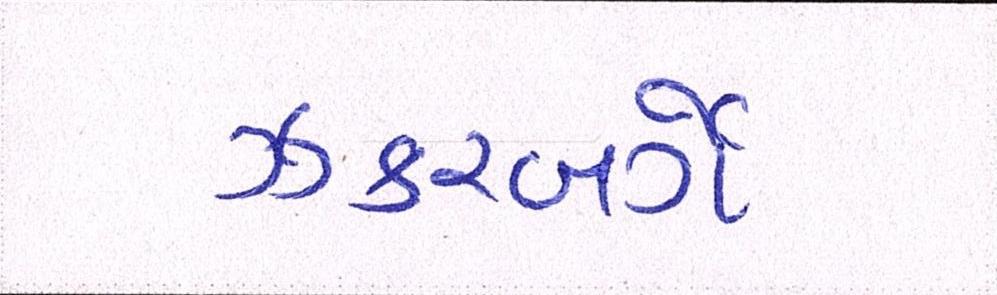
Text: ઝકરબર્ગે